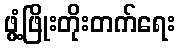
ဖွံ့ဖြိုးတိုးတက်ရေး